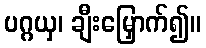
ပဂ္ဂယှ၊ ချီးမြှောက်၍။